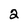
Character: 2